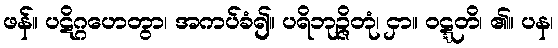
ဖန်။ ပဋိဂ္ဂဟေတွာ၊ အကပ်ခံ၍။ ပရိဘုဉ္ဇိတုံ၊ ငှာ။ ဝဋ္ဋတိ၊ ၏။ ပန၊